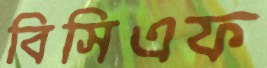
বিসিএফ